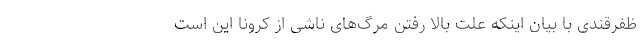
ظفرقندی با بیان اینکه علت بالا رفتن مرگ‌های ناشی از کرونا این است